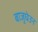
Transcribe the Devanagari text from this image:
बाजुघेउन